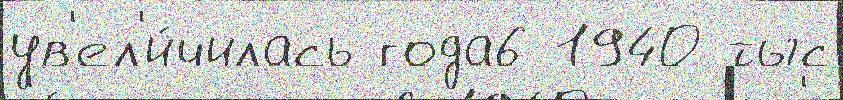
ув'ел'и́чилась года6 1940 тыс